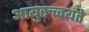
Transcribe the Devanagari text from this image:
आयुरुच्चयते